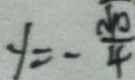
y = - \frac { \sqrt { 1 0 } } { 4 }